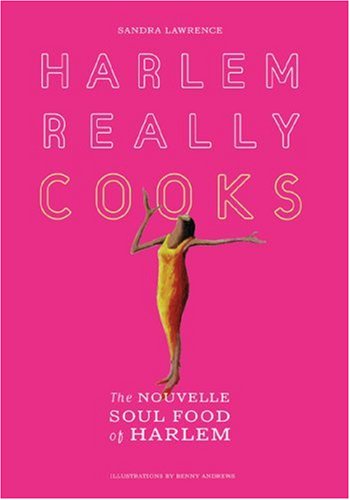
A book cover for Harlem Really Cooks: The Nouvelle Soul Food of Harlem; Sandra Lawrence; Cookbooks, Food & Wine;